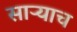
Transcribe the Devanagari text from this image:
साऱ्याच